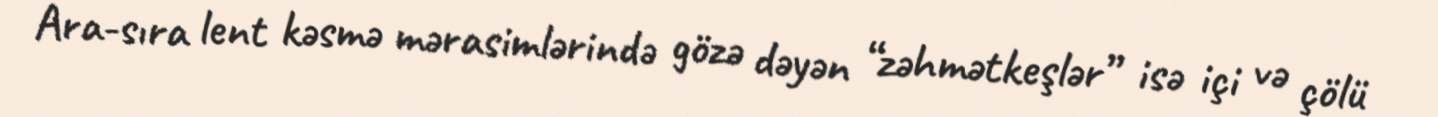
Ara-sıra lent kəsmə mərasimlərində gözə dəyən “zəhmətkeşlər” isə içi və çölü